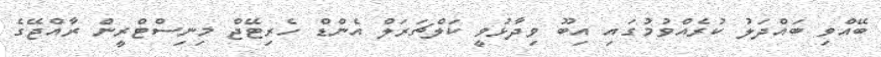
ބޭއްވި ބައްދަލު ކުރެއްވުމުގައި އިބޫ ވިދާޅުވީ ކަލްޗަރަލް އެންޑް ހެރިޓޭޖް މިނިސްޓްރީން ރާއްޖޭގެ